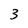
Character: 3